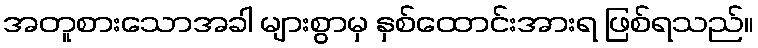
အတူစားသောအခါ များစွာမှ နှစ်ထောင်းအားရ ဖြစ်ရသည်။